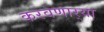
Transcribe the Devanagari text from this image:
करवणार्‍या